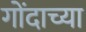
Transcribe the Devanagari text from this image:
गोंदाच्या